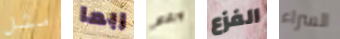
مثل ربما ورغم الفزع السراء